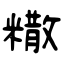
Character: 糤